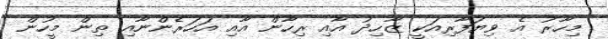
މިހާރު އެ ވިޔަފާރިއަކީ ޒާހިދު އާއި ރިހާން އާއި އަހަރެންނާއި ތިން މީހުން